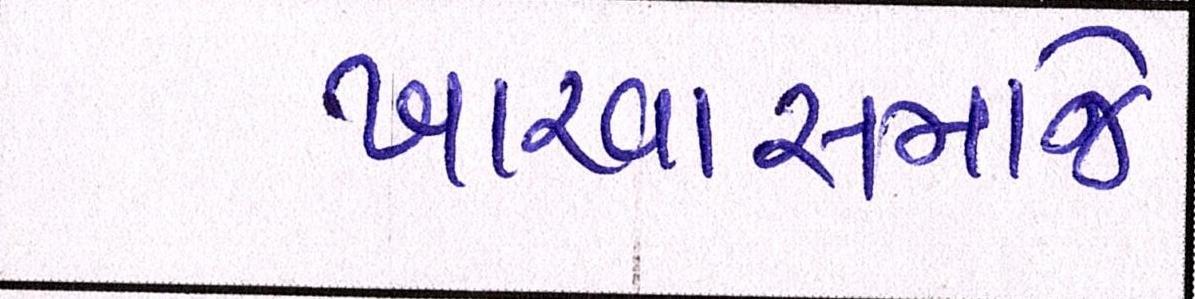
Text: ખારવાસમાજે